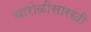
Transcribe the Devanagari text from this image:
चारोळीसारखी